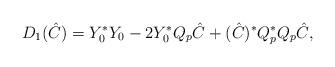
LaTeX: \begin{align*}D_1(\hat C)=Y_0^*Y_0-2Y_0^*Q_p\hat C+(\hat C)^*Q_p^*Q_p\hat C,\end{align*}